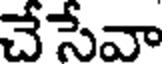
చేసేవా